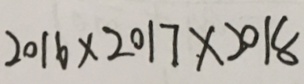
2 0 1 6 \times 2 0 1 7 \times 2 0 1 8